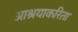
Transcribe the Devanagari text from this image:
आश्रयाकरिता